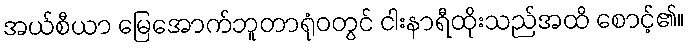
အယ်စီယာ မြေအောက်ဘူတာရုံဝတွင် ငါးနာရီထိုးသည်အထိ စောင့်၏။